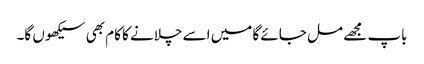
باپ مجھے مل جائے گا میں اسے چلانے کا کام بھی سیکھوں گا۔